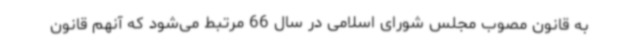
به قانون مصوب مجلس شورای اسلامی در سال 66 مرتبط می‌شود که آنهم قانون